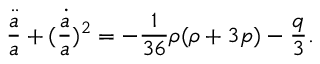
\frac { \ddot { a } } { a } + ( \frac { \dot { a } } { a } ) ^ { 2 } = - \frac { 1 } { 3 6 } \rho ( \rho + 3 p ) - \frac { q } { 3 } .